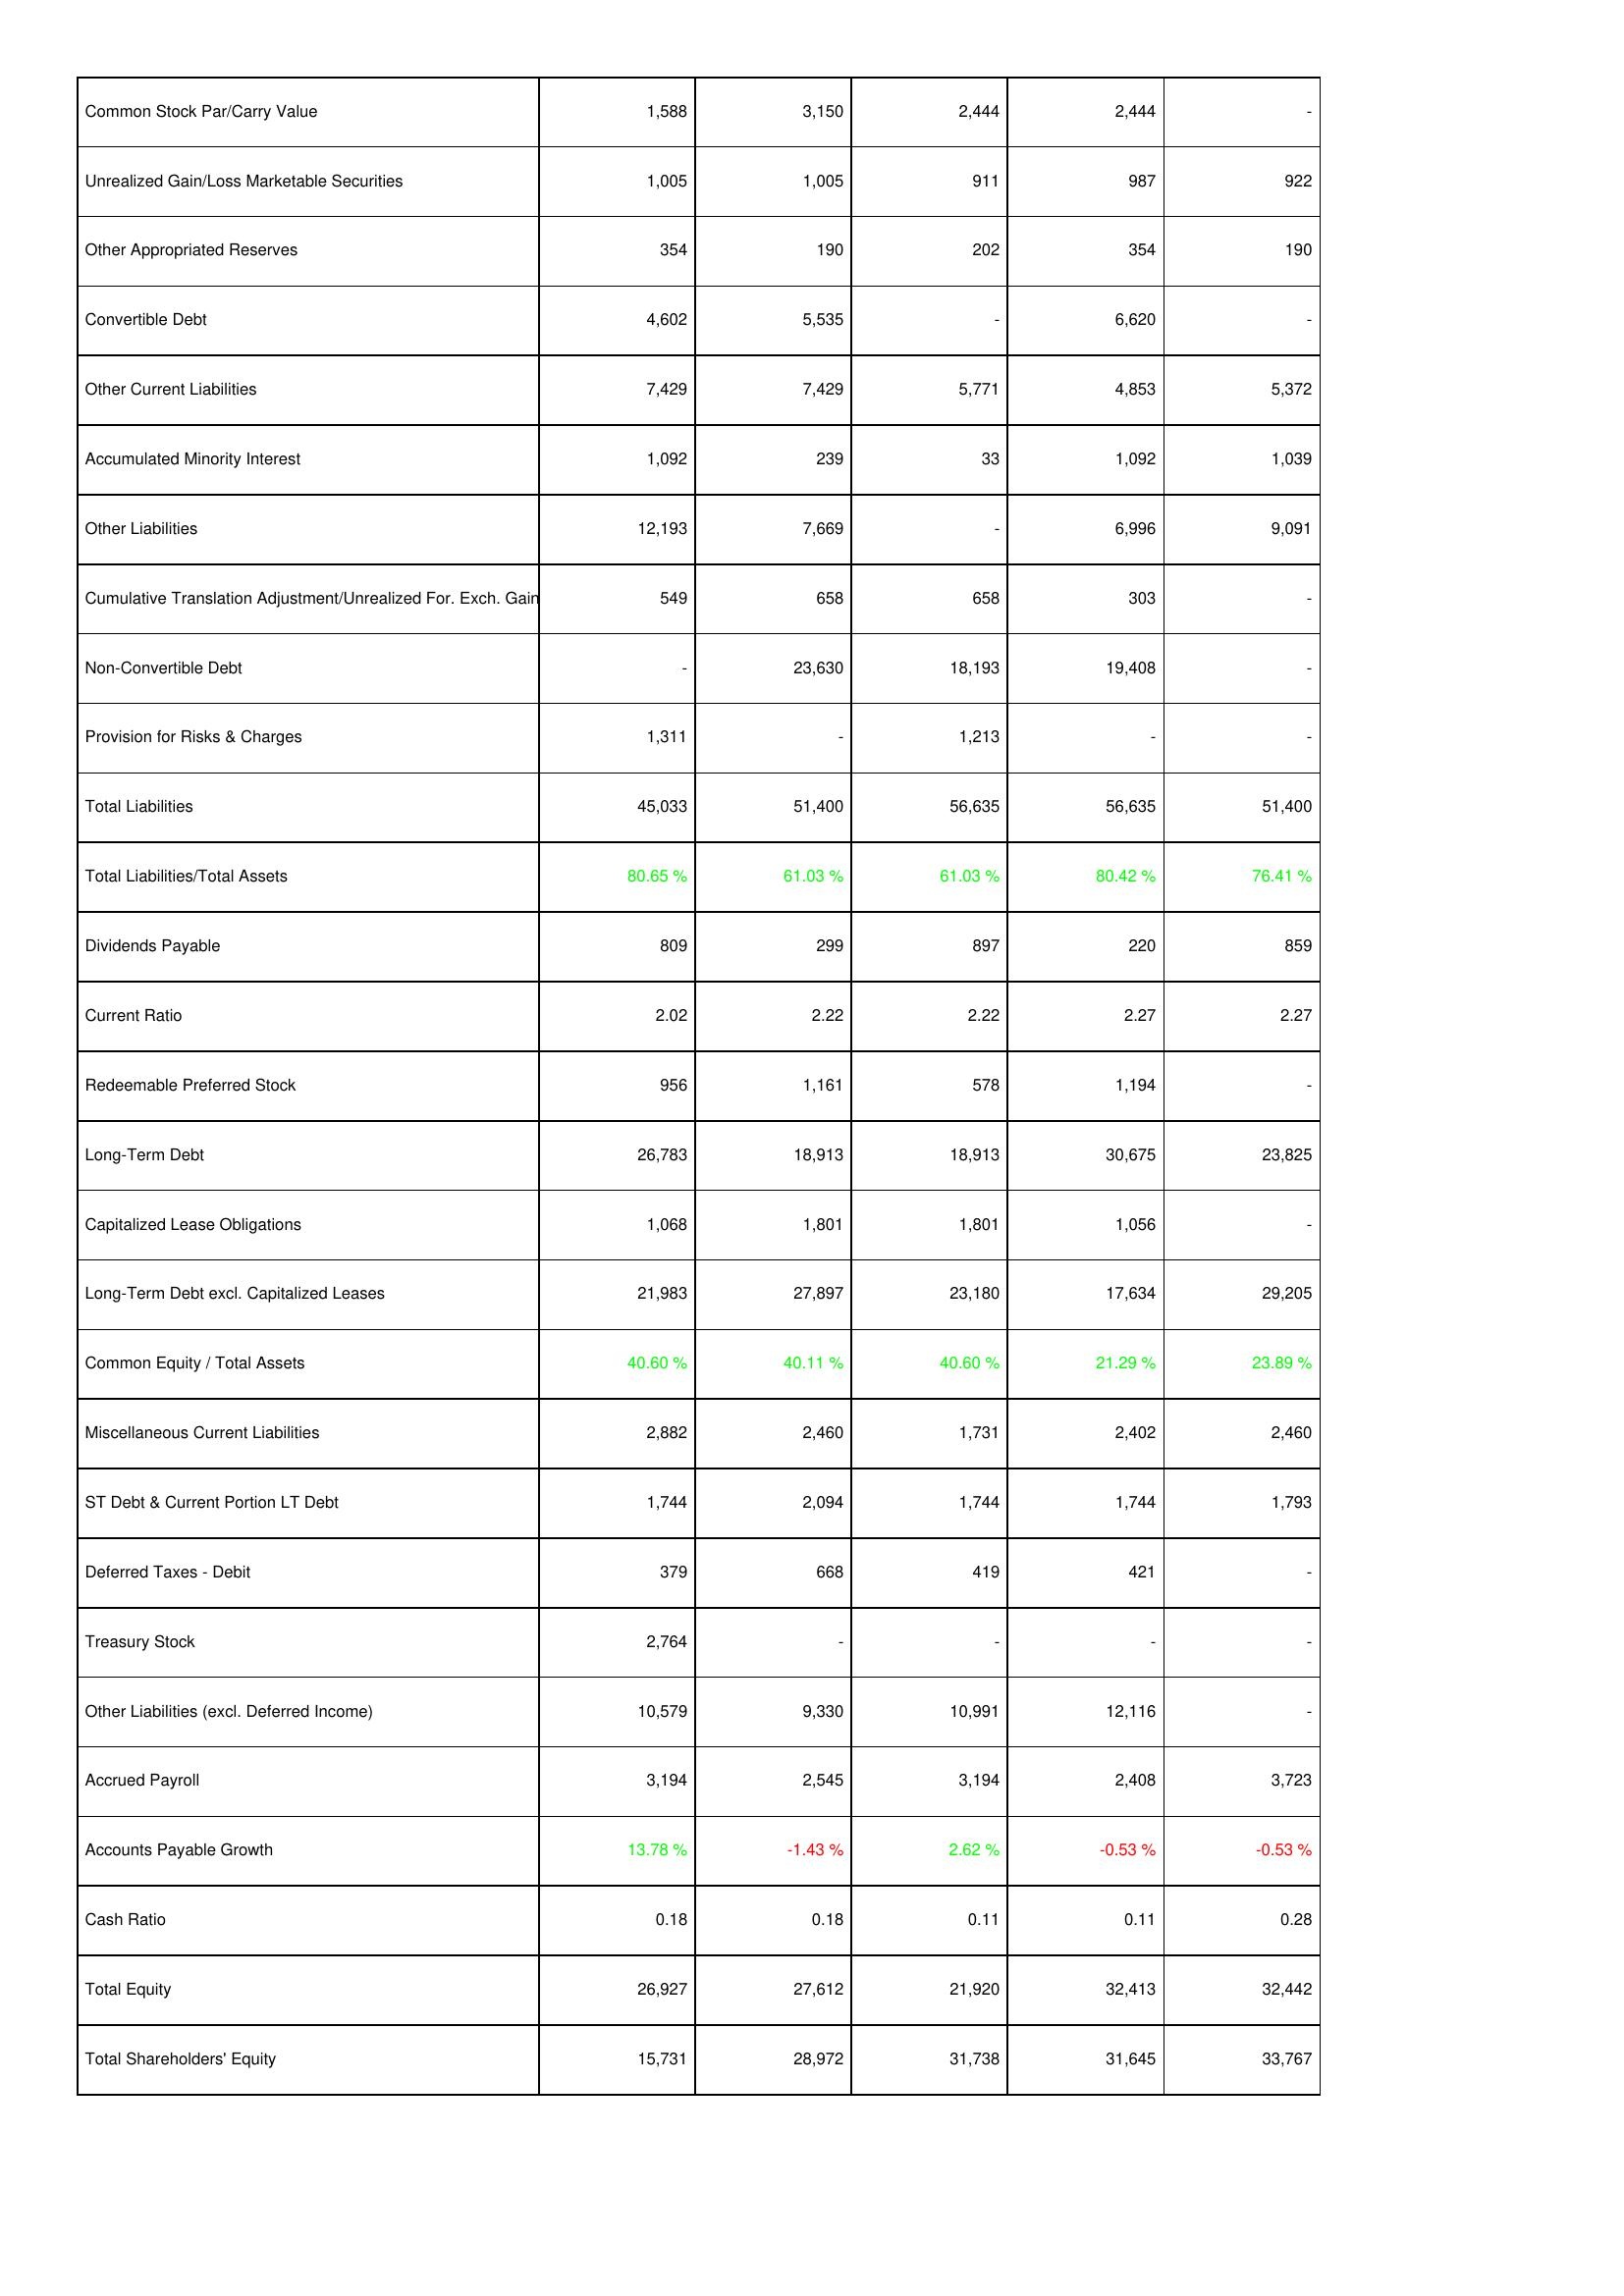
2014: Liabilities & Shareholders' Equity: Common Stock Par/Carry Value: 1,588
Unrealized Gain/Loss Marketable Securities: 1,005
Other Appropriated Reserves: 354
Convertible Debt: 4,602
Other Current Liabilities: 7,429
Accumulated Minority Interest: 1,092
Other Liabilities: 12,193
Cumulative Translation Adjustment/Unrealized For. Exch. Gain: 549
Non-Convertible Debt: -
Provision for Risks & Charges: 1,311
Total Liabilities: 45,033
Total Liabilities/Total Assets: 80.65 %
Dividends Payable: 809
Current Ratio: 2.02
Redeemable Preferred Stock: 956
Long-Term Debt: 26,783
Capitalized Lease Obligations: 1,068
Long-Term Debt excl. Capitalized Leases: 21,983
Common Equity / Total Assets: 40.60 %
Miscellaneous Current Liabilities: 2,882
ST Debt & Current Portion LT Debt: 1,744
Deferred Taxes - Debit: 379
Treasury Stock: 2,764
Other Liabilities (excl. Deferred Income): 10,579
Accrued Payroll: 3,194
Accounts Payable Growth: 13.78 %
Cash Ratio: 0.18
Total Equity: 26,927
Total Shareholders' Equity: 15,731
2013: Liabilities & Shareholders' Equity: Common Stock Par/Carry Value: 3,150
Unrealized Gain/Loss Marketable Securities: 1,005
Other Appropriated Reserves: 190
Convertible Debt: 5,535
Other Current Liabilities: 7,429
Accumulated Minority Interest: 239
Other Liabilities: 7,669
Cumulative Translation Adjustment/Unrealized For. Exch. Gain: 658
Non-Convertible Debt: 23,630
Provision for Risks & Charges: -
Total Liabilities: 51,400
Total Liabilities/Total Assets: 61.03 %
Dividends Payable: 299
Current Ratio: 2.22
Redeemable Preferred Stock: 1,161
Long-Term Debt: 18,913
Capitalized Lease Obligations: 1,801
Long-Term Debt excl. Capitalized Leases: 27,897
Common Equity / Total Assets: 40.11 %
Miscellaneous Current Liabilities: 2,460
ST Debt & Current Portion LT Debt: 2,094
Deferred Taxes - Debit: 668
Treasury Stock: -
Other Liabilities (excl. Deferred Income): 9,330
Accrued Payroll: 2,545
Accounts Payable Growth: -1.43 %
Cash Ratio: 0.18
Total Equity: 27,612
Total Shareholders' Equity: 28,972
2012: Liabilities & Shareholders' Equity: Common Stock Par/Carry Value: 2,444
Unrealized Gain/Loss Marketable Securities: 911
Other Appropriated Reserves: 202
Convertible Debt: -
Other Current Liabilities: 5,771
Accumulated Minority Interest: 33
Other Liabilities: -
Cumulative Translation Adjustment/Unrealized For. Exch. Gain: 658
Non-Convertible Debt: 18,193
Provision for Risks & Charges: 1,213
Total Liabilities: 56,635
Total Liabilities/Total Assets: 61.03 %
Dividends Payable: 897
Current Ratio: 2.22
Redeemable Preferred Stock: 578
Long-Term Debt: 18,913
Capitalized Lease Obligations: 1,801
Long-Term Debt excl. Capitalized Leases: 23,180
Common Equity / Total Assets: 40.60 %
Miscellaneous Current Liabilities: 1,731
ST Debt & Current Portion LT Debt: 1,744
Deferred Taxes - Debit: 419
Treasury Stock: -
Other Liabilities (excl. Deferred Income): 10,991
Accrued Payroll: 3,194
Accounts Payable Growth: 2.62 %
Cash Ratio: 0.11
Total Equity: 21,920
Total Shareholders' Equity: 31,738
2011: Liabilities & Shareholders' Equity: Common Stock Par/Carry Value: 2,444
Unrealized Gain/Loss Marketable Securities: 987
Other Appropriated Reserves: 354
Convertible Debt: 6,620
Other Current Liabilities: 4,853
Accumulated Minority Interest: 1,092
Other Liabilities: 6,996
Cumulative Translation Adjustment/Unrealized For. Exch. Gain: 303
Non-Convertible Debt: 19,408
Provision for Risks & Charges: -
Total Liabilities: 56,635
Total Liabilities/Total Assets: 80.42 %
Dividends Payable: 220
Current Ratio: 2.27
Redeemable Preferred Stock: 1,194
Long-Term Debt: 30,675
Capitalized Lease Obligations: 1,056
Long-Term Debt excl. Capitalized Leases: 17,634
Common Equity / Total Assets: 21.29 %
Miscellaneous Current Liabilities: 2,402
ST Debt & Current Portion LT Debt: 1,744
Deferred Taxes - Debit: 421
Treasury Stock: -
Other Liabilities (excl. Deferred Income): 12,116
Accrued Payroll: 2,408
Accounts Payable Growth: -0.53 %
Cash Ratio: 0.11
Total Equity: 32,413
Total Shareholders' Equity: 31,645
2010: Liabilities & Shareholders' Equity: Common Stock Par/Carry Value: -
Unrealized Gain/Loss Marketable Securities: 922
Other Appropriated Reserves: 190
Convertible Debt: -
Other Current Liabilities: 5,372
Accumulated Minority Interest: 1,039
Other Liabilities: 9,091
Cumulative Translation Adjustment/Unrealized For. Exch. Gain: -
Non-Convertible Debt: -
Provision for Risks & Charges: -
Total Liabilities: 51,400
Total Liabilities/Total Assets: 76.41 %
Dividends Payable: 859
Current Ratio: 2.27
Redeemable Preferred Stock: -
Long-Term Debt: 23,825
Capitalized Lease Obligations: -
Long-Term Debt excl. Capitalized Leases: 29,205
Common Equity / Total Assets: 23.89 %
Miscellaneous Current Liabilities: 2,460
ST Debt & Current Portion LT Debt: 1,793
Deferred Taxes - Debit: -
Treasury Stock: -
Other Liabilities (excl. Deferred Income): -
Accrued Payroll: 3,723
Accounts Payable Growth: -0.53 %
Cash Ratio: 0.28
Total Equity: 32,442
Total Shareholders' Equity: 33,767